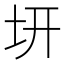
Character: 𭍿